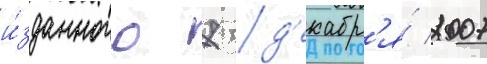
и́зданного 7 д'екабр'я́ 2007